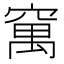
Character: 𥧆